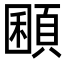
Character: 𩓽